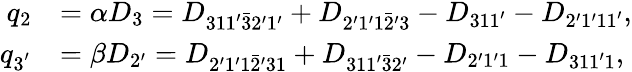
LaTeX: \begin{array}{rl}{q_{2}}&{=\alpha{D_{3}}={D_{311^{\prime}\bar{3}2^{\prime}1^{\prime}}}+{D_{2^{\prime}1^{\prime}1\bar{2}^{\prime}3}}-{D_{311^{\prime}}}-{D_{2^{\prime}1^{\prime}11^{\prime}}},}\\ {q_{3^{'}}}&{=\beta{D_{2^{\prime}}}={D_{2^{\prime}1^{\prime}1\bar{2}^{\prime}31}}+{D_{311^{\prime}\bar{3}2^{\prime}}}-{D_{2^{\prime}1^{\prime}1}}-{D_{311^{\prime}1}},}\end{array}